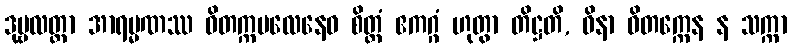
ဒုဗ္ဗလတ္တာ အာရမ္မဏဿ ဝိတက္ကဗလေနေဝ စိတ္တံ ဧကဂ္ဂံ ဟုတွာ တိဋ္ဌတိ, ဝိနာ ဝိတက္ကေန န သက္ကာ